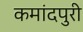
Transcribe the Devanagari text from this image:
कमांदपुरी